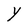
Character: Y